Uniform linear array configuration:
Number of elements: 24
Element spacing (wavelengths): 0.25
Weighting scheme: blackman
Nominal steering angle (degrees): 30
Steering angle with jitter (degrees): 29.58
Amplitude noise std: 0.05
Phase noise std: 0.05

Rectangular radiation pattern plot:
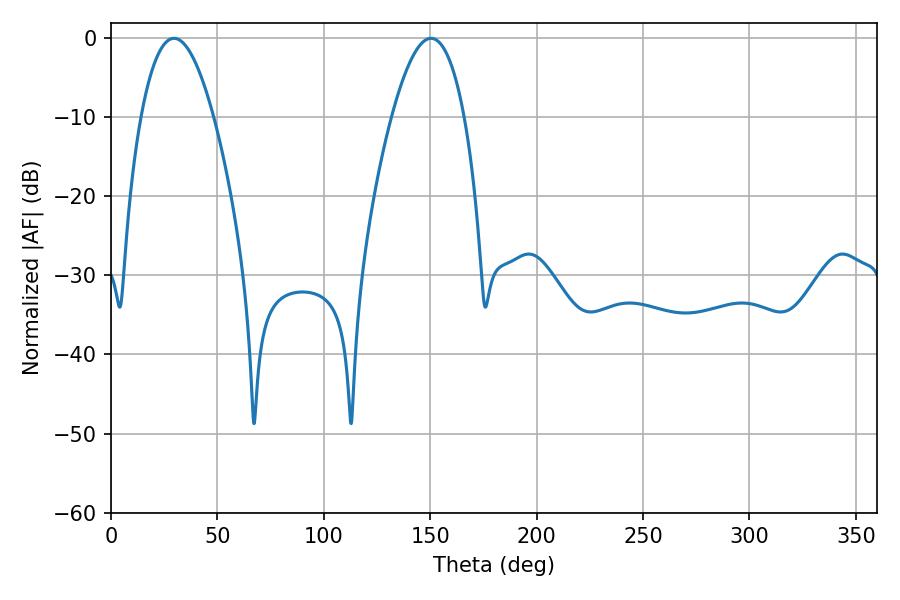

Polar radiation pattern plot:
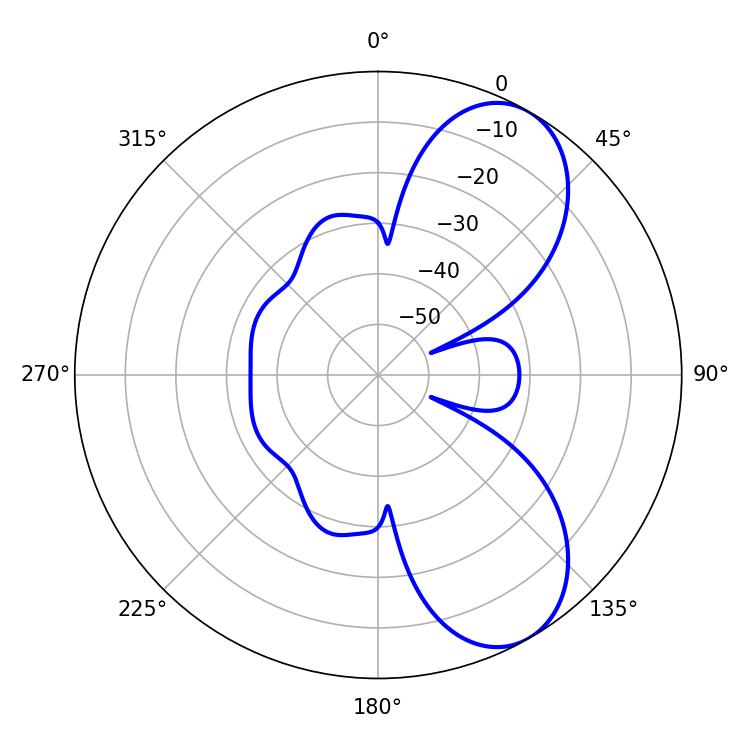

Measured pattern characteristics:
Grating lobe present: FALSE
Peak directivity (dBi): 7.542
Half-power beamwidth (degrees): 18.72
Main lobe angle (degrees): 29.7